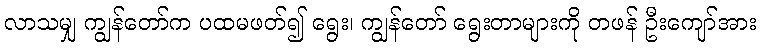
လာသမျှ ကျွန်တော်က ပထမဖတ်၍ ရွေး၊ ကျွန်တော် ရွေးတာများကို တဖန် ဦးကျော်အား